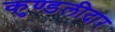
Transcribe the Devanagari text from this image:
कुण्डलीदार